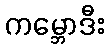
ကမ္ဘောဒီး